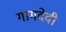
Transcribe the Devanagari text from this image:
गामदेवी